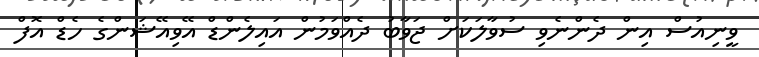
ވީނިއުސް އިން ދެންނެވި ސުވާލަކަށް ޖަވާބު ދެއްވަމުން އައިލެންޑް އޭވިއޭޝަންގެ ހެޑް އޮފް